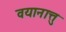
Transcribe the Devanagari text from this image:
वयानात्तु